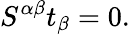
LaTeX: S^{\alpha\beta}t_{\beta}=0.